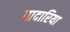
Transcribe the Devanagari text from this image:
वादारिया